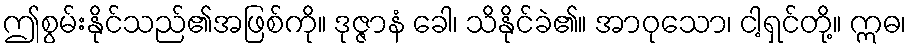
ဤစွမ်းနိုင်သည်၏အဖြစ်ကို။ ဒုဇ္ဇာနံ ခေါ၊ သိနိုင်ခဲ၏။ အာဝုသော၊ ငါ့ရှင်တို့။ ဣဓ၊